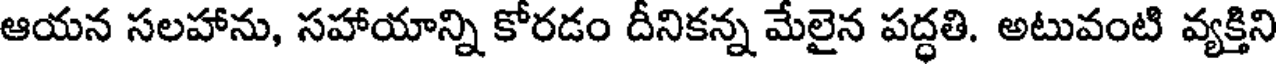
ఆయన సలహాను, సహాయాన్ని కోరడం దీనికన్న మేలైన పద్ధతి. అటువంటి వ్యక్తిని